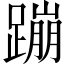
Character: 蹦